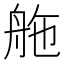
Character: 䑨